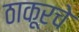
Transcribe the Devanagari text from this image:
ठाकूरचे